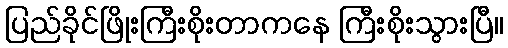
ပြည်ခိုင်ဖြိုးကြီးစိုးတာကနေ ကြီးစိုးသွားပြီ။